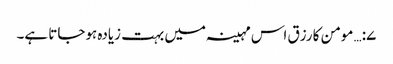
۷:… مومن کا رزق اس مہینہ میں بہت زیادہ ہوجاتا ہے۔